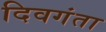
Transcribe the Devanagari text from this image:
दिवगंता